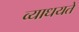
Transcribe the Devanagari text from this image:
व्याधयते